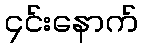
၄င်းနောက်